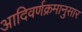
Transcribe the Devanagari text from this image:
आदिवर्णक्रमानुसार